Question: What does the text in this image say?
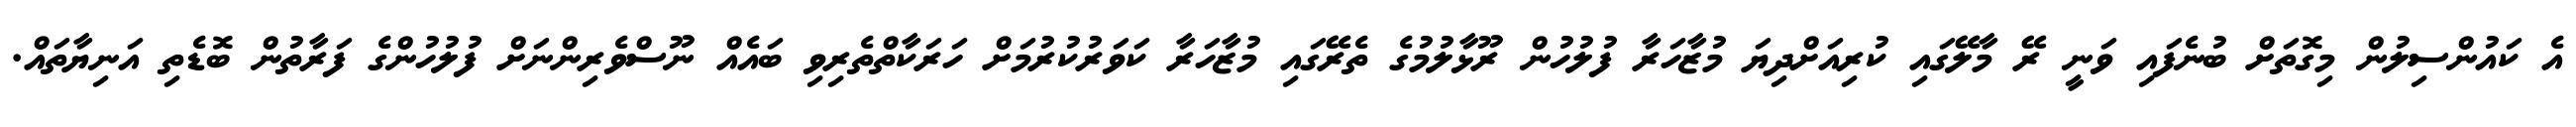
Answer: އެ ކައުންސިލުން މިގޮތަށް ބުނެފައި ވަނީ ރޭ މާލޭގައި ކުރިއަށްދިޔަ މުޒާހަރާ ފުލުހުން ރޫޅާލުމުގެ ތެރޭގައި މުޒާހަރާ ކަވަރުކުރުމަށް ހަރަކާތްތެރިވި ބައެއް ނޫސްވެރިންނަށް ފުލުހުންގެ ފަރާތުން ބޮޑެތި އަނިޔާތައް.